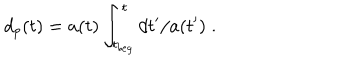
LaTeX: d _ { p } ( t ) = a ( t ) \int _ { t _ { b e g } } ^ { t } d t ^ { \prime } / a ( t ^ { \prime } ) \; .